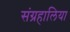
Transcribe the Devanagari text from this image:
संग्रहालिया